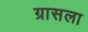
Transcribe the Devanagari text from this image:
ग्रासला